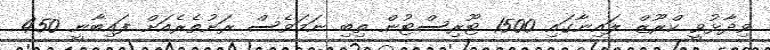
ވިދާޅުވީ ކްރޫޒް ލައިނާގައި 1500 ޓޫރިސްޓުން ތިބި ނަމަވެސް ރަށުތެރެއަށް ފައިބާނީ 450